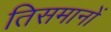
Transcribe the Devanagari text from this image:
तिसमानों